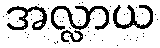
အလ္လာယ